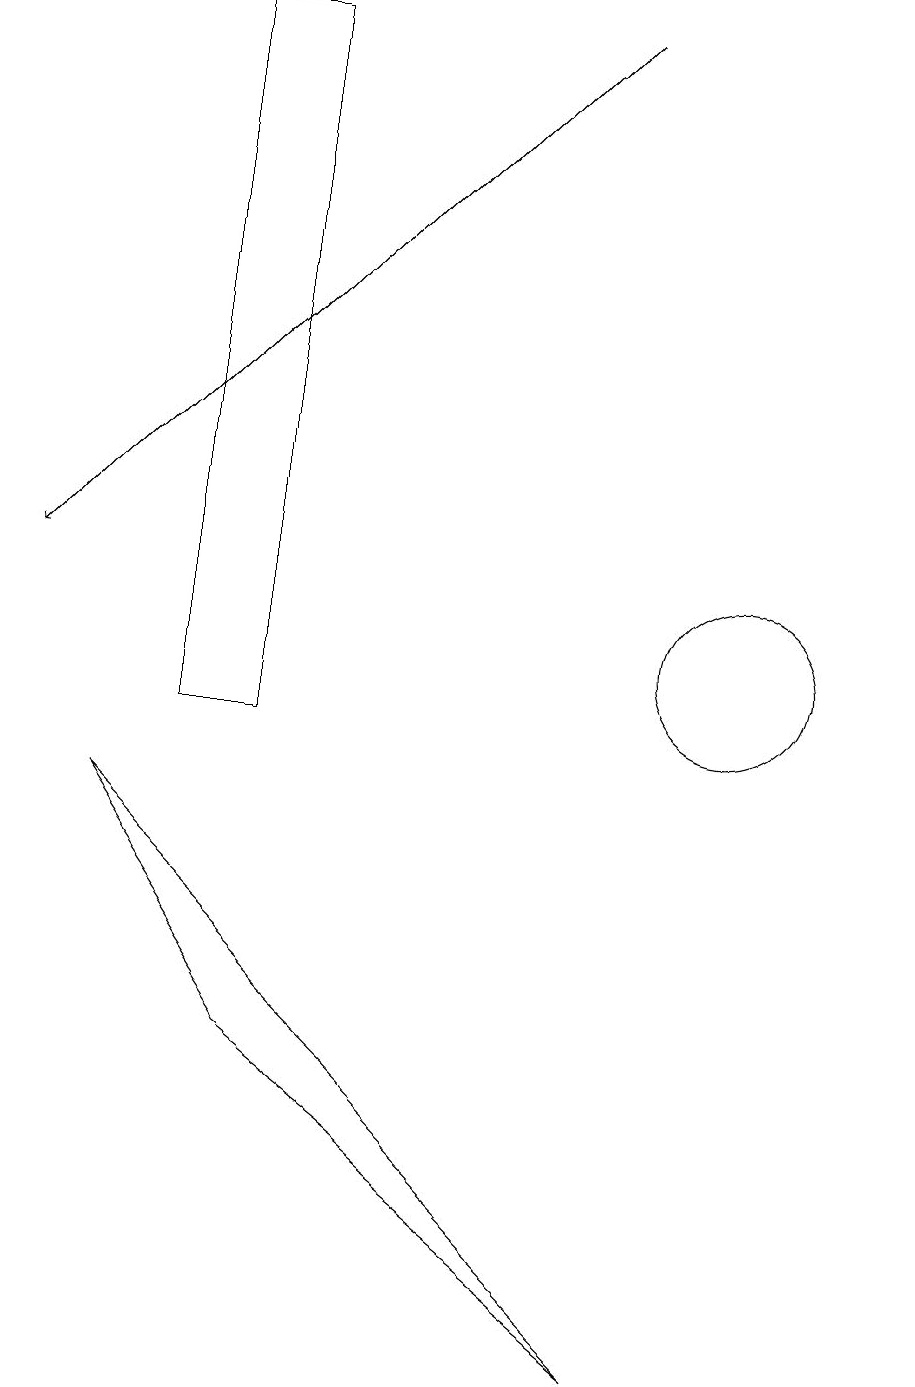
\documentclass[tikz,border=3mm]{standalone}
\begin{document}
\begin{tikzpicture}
\draw (12,11) circle (0);
\draw (4,10) rectangle (3,19);
\draw (4,6) -- (9,2) -- (2,9) -- cycle;
\draw[->] (8,19) -- (1,12);
\draw (10,11) circle (1);
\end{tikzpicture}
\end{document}